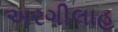
અરગીલાહ